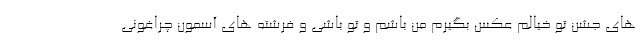
های جشن تو خیالم عکس بگیرم من باشم و تو باشی و فرشته های آسمون چراغونی